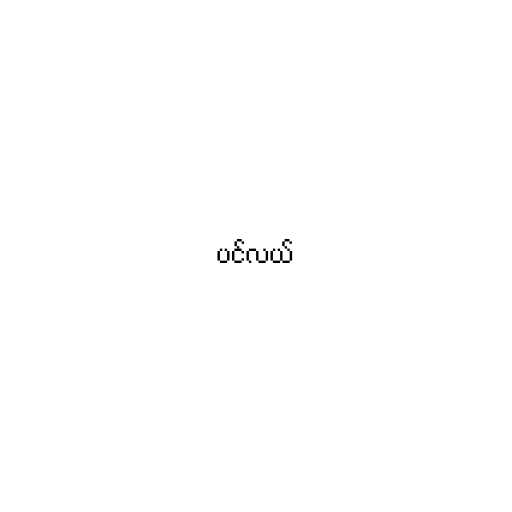
ပင်လယ်